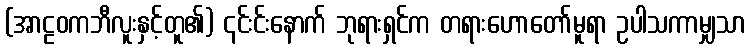
(အာဠဝကဘီလူးနှင့်တူ၏) ၎င်းင်းနောက် ဘုရားရှင်က တရားဟောတော်မူရာ ဥပါသကာမျှသာ